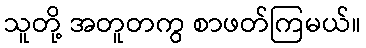
သူတို့ အတူတကွ စာဖတ်ကြမယ်။